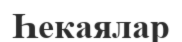
Һекаялар